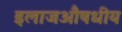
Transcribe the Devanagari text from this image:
इलाजऔषधीय